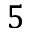
5